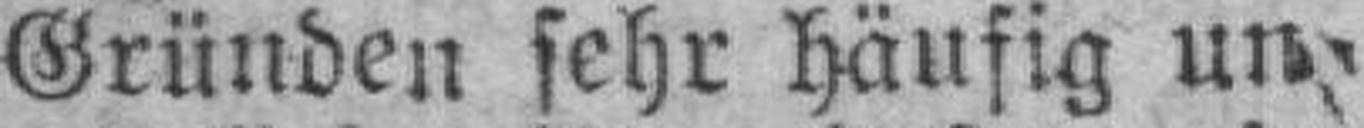
Gründen sehr häufig un